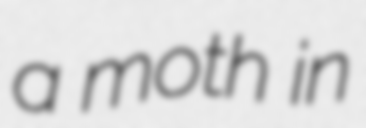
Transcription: a moth in